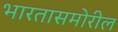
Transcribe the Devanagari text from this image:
भारतासमोरील